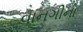
વાનગીનો